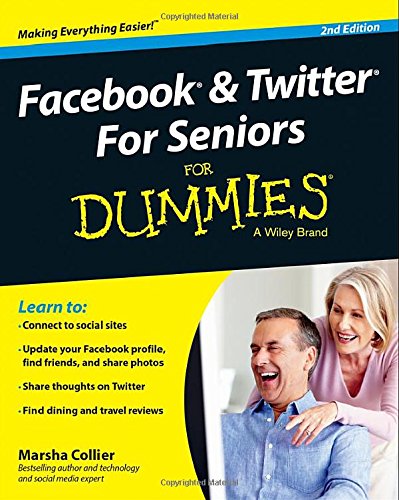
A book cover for Facebook and Twitter For Seniors For Dummies; Marsha Collier; Computers & Technology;